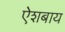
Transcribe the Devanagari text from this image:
ऐशबाय